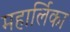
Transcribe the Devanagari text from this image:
महार्लिका